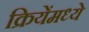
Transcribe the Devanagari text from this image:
क्रियेंमध्ये